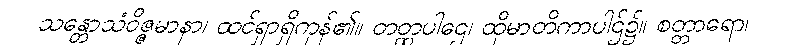
သန္တောသံဝိဇ္ဇမာနာ၊ ထင်ရှာရှိကုန်၏။ တတ္ထပါဌေ၊ ထိုမာတိကာပါဌ်၌။ စတ္တာရော၊